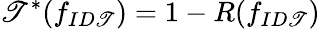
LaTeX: \mathscr{T}^{*}(f_{ID\mathscr{T}})=1-R(f_{ID\mathscr{T}})